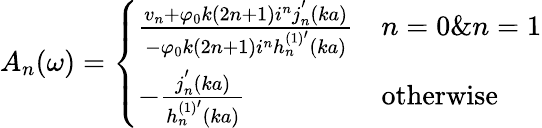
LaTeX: A_{n}(\omega)=\left\{ \begin{array}{ll}{\frac{v_{n}+\varphi_{0}k(2n+1)i^{n}j_{n}^{'}(ka)}{-\varphi_{0}k(2n+1)i^{n}h_{n}^{(1)^{\prime}}(ka)}}&{n=0\& n=1}\\ {-\frac{j_{n}^{'}(ka)}{h_{n}^{(1)^{\prime}}(ka)}}&{\mathrm{otherwise}}\end{array}\right.